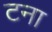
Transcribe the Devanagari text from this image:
टना